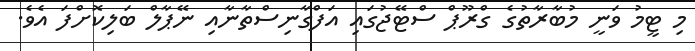
މި ޓީމު ވަނީ މުބާރާތުގެ ގްރޫޕް ސްޓޭޖުގައި އަފްގާނިސްތާނާއި ނޭޕާލް ބަލިކޮށްފަ އެވެ.